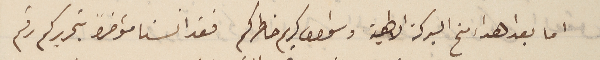
اما بعد اهداء منح البركة الالهية واشواق كريم خاطركم فقد انسنا مؤاخراً بتحريركم رقم